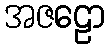
အဇဠော